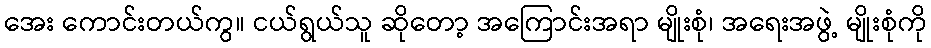
အေး ကောင်းတယ်ကွ။ ငယ်ရွယ်သူ ဆိုတော့ အကြောင်းအရာ မျိုးစုံ၊ အရေးအဖွဲ့ မျိုးစုံကို